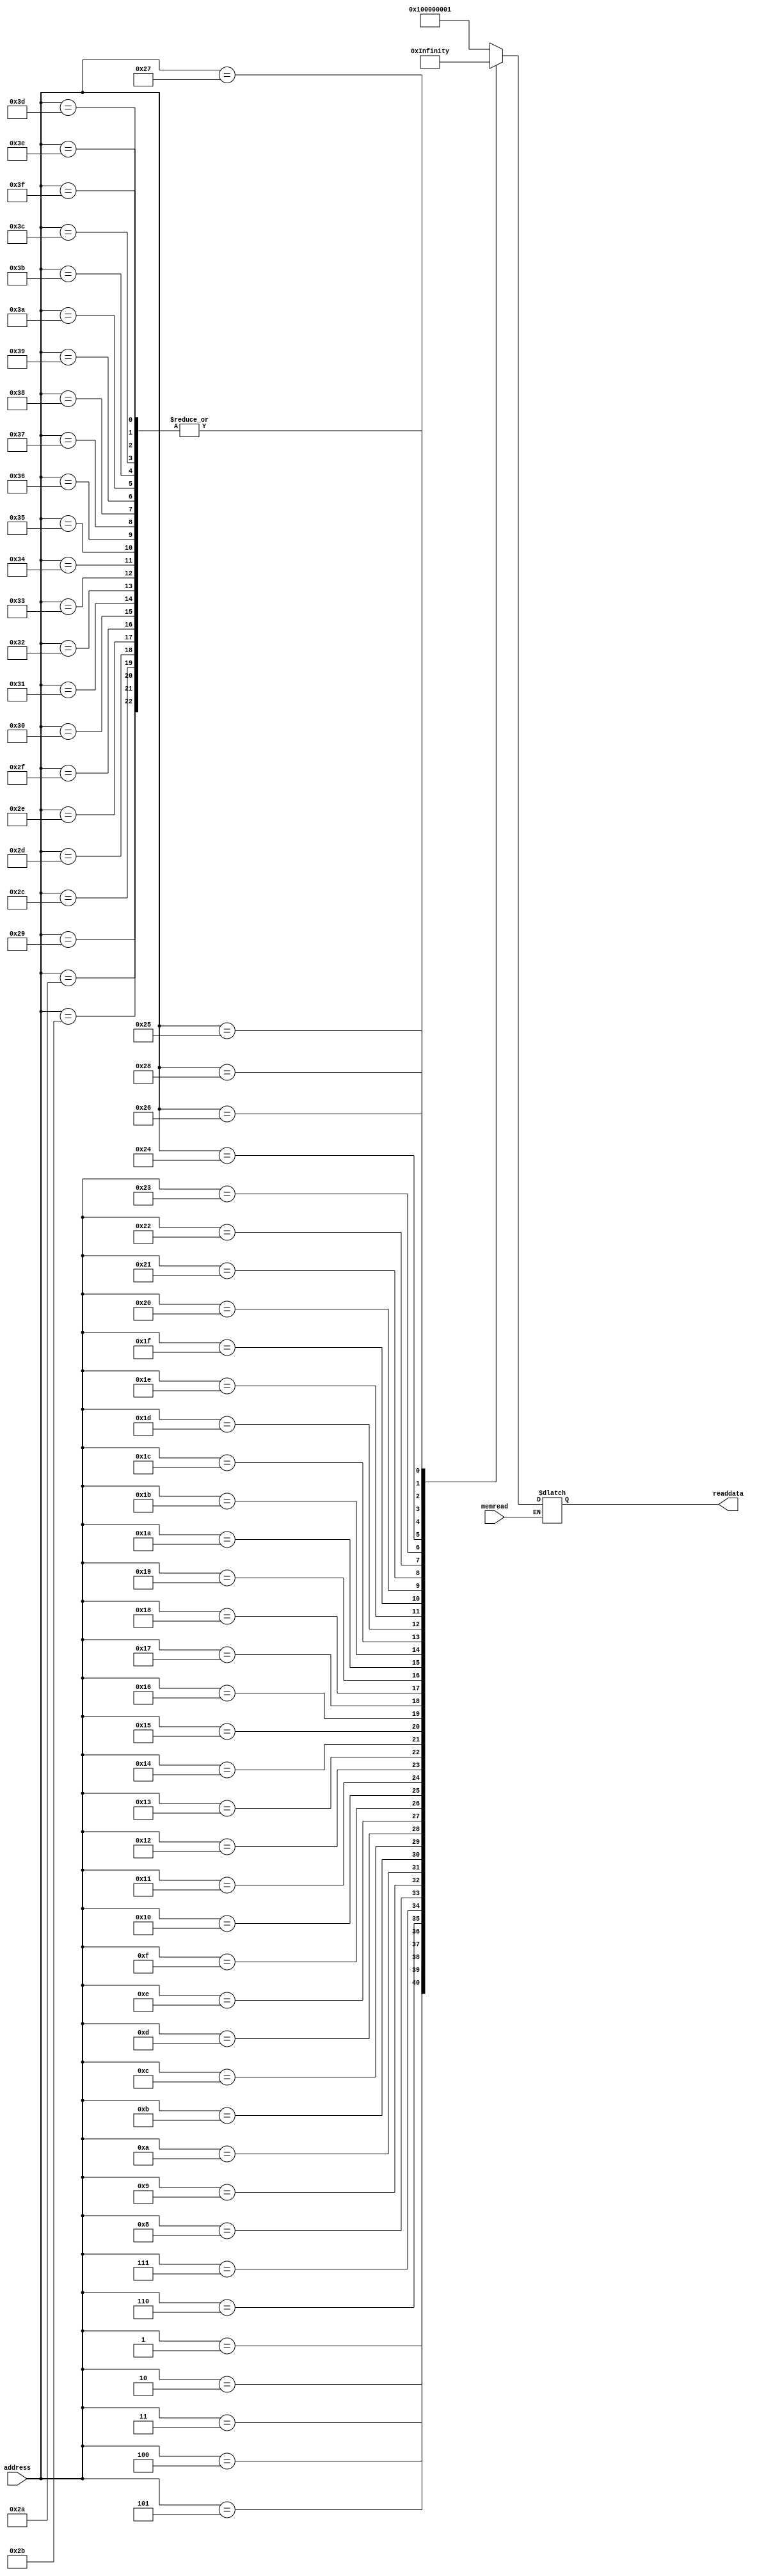
module InstQueue (input memread, input [5:0] address, output reg [38:0] readdata);
 
  reg [38:0] mem_array [63:0]; // 64 Deep 39 bit instructions
  reg [38:0]temp;
  integer i;
  // Intializing instruction queue with zeros.
  initial begin
    for (i=11; i<64; i=i+1)   
	begin
       	mem_array[i]=39'b0;
	end
  end
  
  always@(*)
  begin
    if(memread)
	 begin
      temp=address;
      readdata=mem_array[temp];
    end
	 
	//TESTBENCH
    //////////////////////////////////////////////////////////////////////////////////////////////////////// Test Bench
	//lvl 1
	
	mem_array[0]={3'b000,4'b0001,32'd1};// Reset and clear registers
	mem_array[1]={3'b001,4'b0001,32'd1};// Store 1 in memory location 1
	mem_array[2]={3'b001,4'b0010,32'd2};// Store 2 in memory location 2
	mem_array[3]={3'b001,4'b0011,32'd3};// Store 3 in memory location 3
	mem_array[4]={3'b001,4'b0100,32'd4};// Store 4 in memory location 4
	mem_array[5]={3'b001,4'b0101,32'd5};// Store 5 in memory location 5
	mem_array[6]={3'b001,4'b0110,32'd6};// Store 6 in memory location 6
	mem_array[7]={3'b001,4'b0111,32'd7};// Store 7 in memory location 7
	mem_array[8]={3'b001,4'b1000,32'd8};// Store 8 in memory locaation 8
	mem_array[9]={3'b001,4'b1001,32'd9};// Store 9 in memory locaation 9
	mem_array[10]={3'b001,4'b1011,32'd10};// Store 10 in memory locaation 10
	///////////////////////////////////////////////////////////////////////
	//lvl 2
	mem_array[11]={3'b010,4'b0001,32'd10};// Store 1 in memory locaation 11
	mem_array[12]={3'b010,4'b0010,32'd9};// Store 2 in memory locaation 12
	mem_array[13]={3'b010,4'b0011,32'd8};// Store 3 in memory locaation 13
	mem_array[14]={3'b010,4'b0100,32'd7};// Store 4 in memory locaation 14
	mem_array[15]={3'b010,4'b0101,32'd6};// Store 5 in memory locaation 15
	mem_array[16]={3'b010,4'b0110,32'd5};// Store 6 in memory locaation 16
	mem_array[17]={3'b010,4'b0111,32'd4};// Store 7 in memory locaation 17
	mem_array[18]={3'b010,4'b1000,32'd3};// Store 8 in memory locaation 18
	mem_array[19]={3'b010,4'b1001,32'd2};// Store 9 in memory locaation 19
	mem_array[20]={3'b010,4'b1011,32'd1};// Store 10 in memory locaation 20
	
	///////////////////////////////////////////////////////////////////////
	//lvl 3
	mem_array[21]={3'b011,4'b0001,4'b0001,28'd0};// ADD RegA and RegB
	mem_array[22]={3'b011,4'b0010,4'b0010,28'd0};// ADD RegA and RegB
	mem_array[23]={3'b011,4'b0011,4'b0011,28'd0};// ADD RegA and RegB
	mem_array[24]={3'b011,4'b0100,4'b0100,28'd0};// ADD RegA and RegB
	mem_array[25]={3'b011,4'b0101,4'b0101,28'd0};// ADD RegA and RegB
	mem_array[26]={3'b011,4'b0110,4'b0110,28'd0};// ADD RegA and RegB
	mem_array[27]={3'b011,4'b0111,4'b0111,28'd0};// ADD RegA and RegB
	mem_array[28]={3'b011,4'b1000,4'b1000,28'd0};// ADD RegA and RegB
	mem_array[29]={3'b011,4'b1001,4'b1001,28'd0};// ADD RegA and RegB
	mem_array[30]={3'b011,4'b1010,4'b1010,28'd0};// ADD RegA and RegB
	
	
		///////////////////////////////////////////////////////////////////////
	//lvl 4
	mem_array[31]={3'b110,4'b0001,4'b0001,28'd0};// AND RegA and RegB
	mem_array[32]={3'b110,4'b0010,4'b0010,28'd0};// AND RegA and RegB
	mem_array[33]={3'b110,4'b0011,4'b0011,28'd0};// AND RegA and RegB
	mem_array[34]={3'b110,4'b0100,4'b0100,28'd0};// AND RegA and RegB
	mem_array[35]={3'b110,4'b0101,4'b0101,28'd0};// AND RegA and RegB
	mem_array[36]={3'b110,4'b0110,4'b0110,28'd0};// AND RegA and RegB
	mem_array[37]={3'b110,4'b0111,4'b0111,28'd0};// AND RegA and RegB
	mem_array[38]={3'b110,4'b1000,4'b1000,28'd0};// AND RegA and RegB
	mem_array[39]={3'b110,4'b1001,4'b1001,28'd0};// AND RegA and RegB
	mem_array[40]={3'b110,4'b1010,4'b1010,28'd0};// AND RegA and RegB
	
  end
endmodule